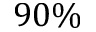
9 0 \%